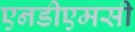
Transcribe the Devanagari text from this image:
एनडीएमसी